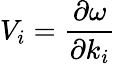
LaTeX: V_{i}=\frac{\partial\omega}{\partial k_{i}}